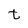
Character: t